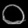
Digit: ၀